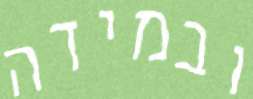
ובמידה